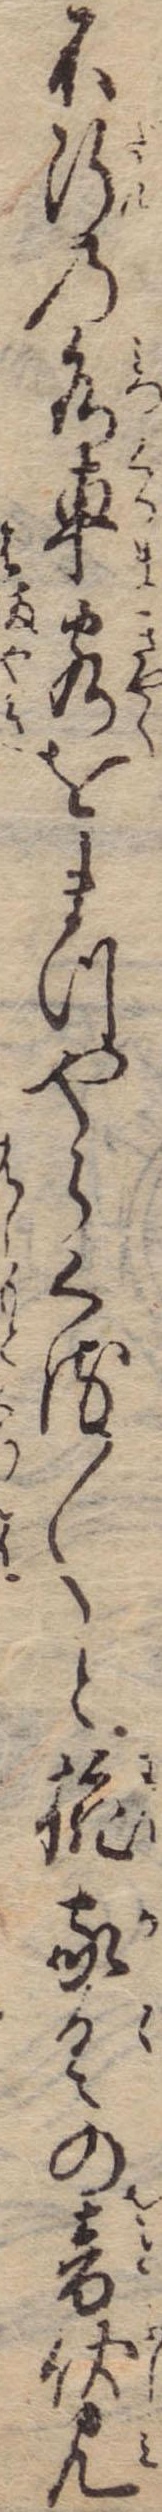
不断の水車客をまつやらくる〱と椀家具の音伏見